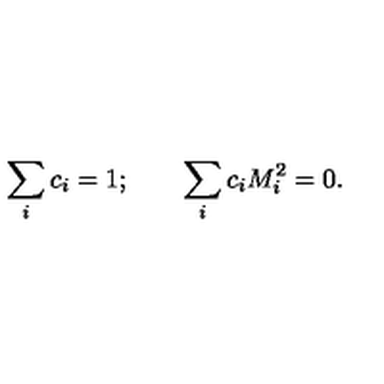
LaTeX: \sum _ { i } c _ { i } = 1 ; \qquad \sum _ { i } c _ { i } M _ { i } ^ { 2 } = 0 .